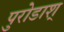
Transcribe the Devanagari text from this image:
पुरोडाश्